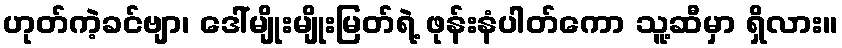
ဟုတ်ကဲ့ခင်ဗျာ၊ ဒေါ်မျိုးမျိုးမြတ်ရဲ့ ဖုန်းနံပါတ်ကော သူ့ဆီမှာ ရှိလား။